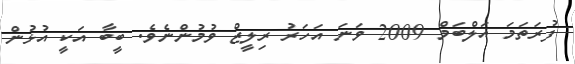
ފުރަތަމަ އަލްބަމް 2009 ވަނަ އަހަރު ރިލީޒް ވުމުންނެވެ. ބީބާ އަކީ އުޅުން